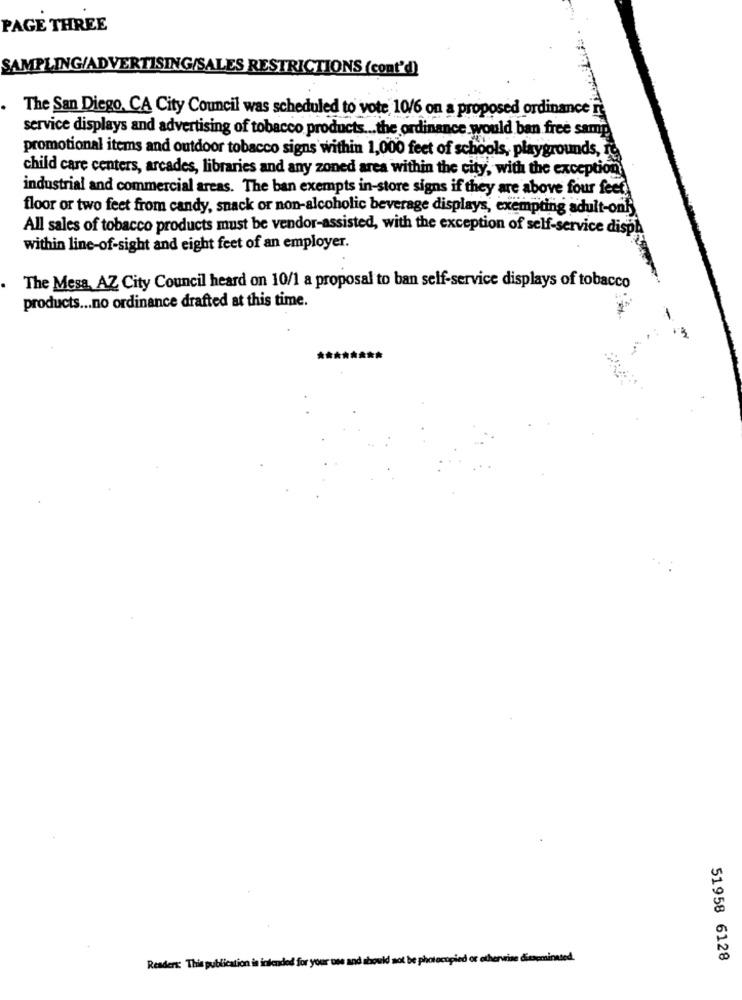
PAGE THREE
SAMPLING/ADVERTISING/SALES RESTRICTIONS (cont'd)
The San Diego, CA City Council was scheduled to vote 10/6 on a proposed ordinance
service displays and advertising of tobacco products ... the ordinance would ban free samp
promotional items and outdoor tobacco signs within 1,000 feet of schools, playgrounds,
child care centers, arcades, libraries and any zoned area within the city, with the exception
industrial and commercial areas. The ban exempts in-store signs if they are above four feet
floor or two feet from candy, snack or non-alcoholic beverage displays, exempting adult-onk
All sales of tobacco products must be vendor-assisted, with the exception of self-service disph
within line-of-sight and eight feet of an employer.
The Mesa, AZ City Council heard on 10/1 a proposal to ban self-service displays of tobacco
products ... no ordinance drafted at this time.
Readers: This publication is intended for your une and
I not be photocopied or otherwise disseminated.
51958 6128